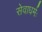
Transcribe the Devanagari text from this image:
सेवाधर्मः